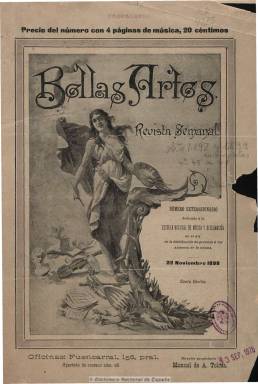
Título: Bellas artes (Madrid. 1898)
Colección: Arte
Ámbito geográfico: Madrid
Lugar de publicación: Madrid
Fechas: 22/11/1898-14/04/1899

Subtitulada “revista semanal ilustrada”, fue su propietario y director Manuel de A. Tolosa. Editada en números de 16 páginas, las cuatro centrales están dedicadas a partituras musicales originales para piano, canto y violín (zarzuelas, pasodobles, melodías, etc.). Sus páginas de texto contienen artículos sobre música, biografías, noticias de teatro y otros espectáculos, tiras cómicas, cuentos y composiciones poéticas, cantares, epigramas, así como una sección de modas con su figurín correspondiente, crítica musical y anuncios publicitarios. Ilustrada con fotografías y grabados de vistas monumentales, escenas, tipos españoles, retratos de artistas, etc. El número del 22 de noviembre es un extraordinario dedicado a la Escuela Nacional de Música y Declamación, con retratos de sus alumnos y profesores. Tenía corresponsales en provincias y uno de sus dibujantes fue A. Pons. Entre sus firmas aparecen las de Eduardo Bustillo y César Pueyo.